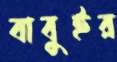
বাবুইর